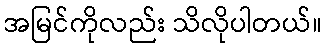
အမြင်ကိုလည်း သိလိုပါတယ်။